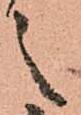
之